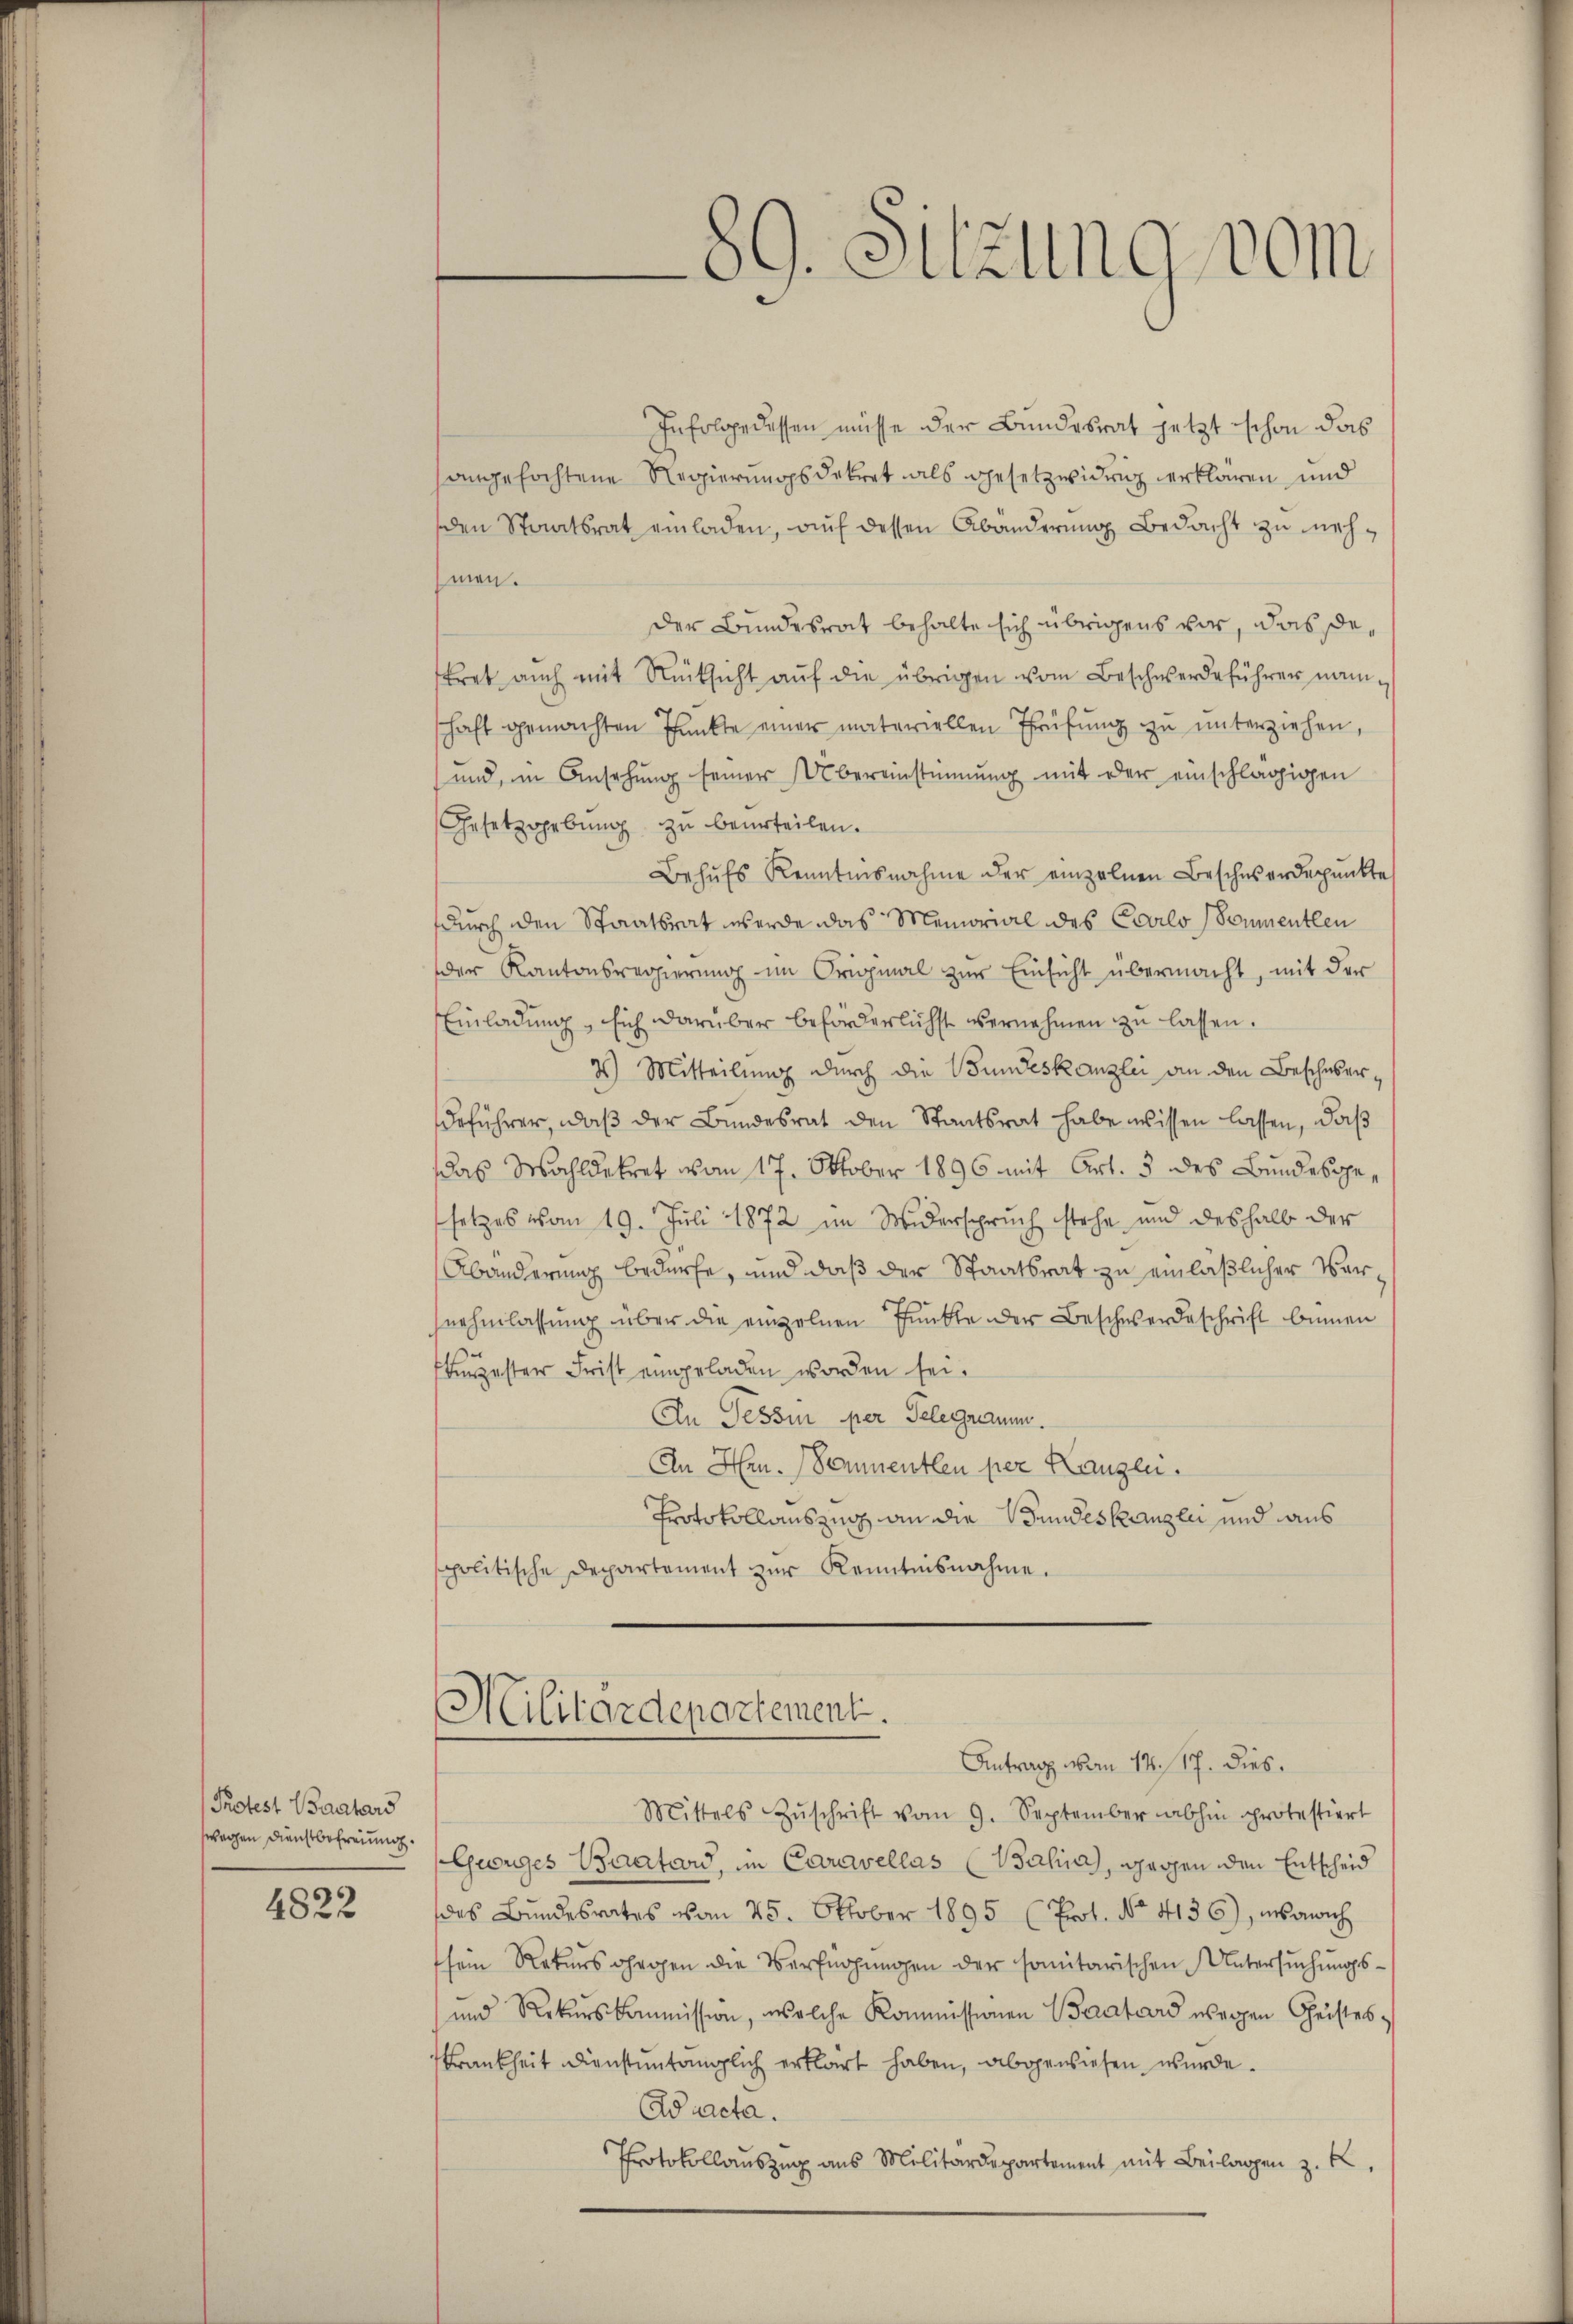
Protest Baatars
wegen Dienstbefreiung.

4822

Infolge dessen müsse der Bundesrat jetzt schon das
sangefochtene Regierungsdekret als gesetzwidrig erklären, und
den Staatsrat einladen, auf dessen Abänderung Bedacht zu nehmen.
der Bundesrat behalte sich übrigens vor, das Dekret auch mit Rücksicht aŭf die übrigen vom Beschwerdeführer namschaft gemachten Punkte einer materiellen Prüfung zu unterziehen,
und, in Ansehung seiner Übereinstimmung mit der einschlägigen
Gesetzgebung zu beurteilen.
Behŭfs Kenntnisnahme der einzelnen Beschwerdepunkte
durch den Staatsrat werde das Memorial des Carlo (Sommentlen
der Kantonsregierŭng im Original zŭr Einsicht übermacht, mit der
Einladung, sich darüber beförderlichst vernehmen zu lassen.
2) Mitteilung durch die Bundeskanzlei an den Beschwerdeführer, daβ der Bundesrat den Staatsrat habe wissen lassen, daß
das Wohldekret vom 17. Oktober 1896 mit Art. 3 des Bundesgesetzes vom 19. Juli 1872 im Widerspruch stehe und deshalb der
Abänderung bedürfe, und daß der Staatsrat zu einläßlicher Versnehmlassung über die einzelnen Funkte der Beschwerdeschrift binnen
ugester Frist eingeladen worden sei.
An Tessin per Telegramm.
An Hrn. Sommentlen per Langen.
Protokollauszug an die Bundeskanzlei und aus
spolitische Departement zŭr Kenntnisnahme.

Mittels Zŭschrift vom 9. September abhin protestiert
Georges Baartard, in Caravellas (Bahia, gegen den Entscheid
des Bundesrates vom 25. Oktober 1895 (Prot. No 4136), so nich
sein Rekurs gegen die Verfügungen der somitarischen Untersuchungs¬
und Rekurskommission, welche Kommissionen Berators wegen Geistes,
Frankheit dienstuntänglich erklärt haben, abgewiesen wurde.
Aacta.
Protokollauszug aus Militärdepartement mit Beilagen z. B.

89. Sitzung vom

Militärdepartement.
Antrag von 14./17. dies.